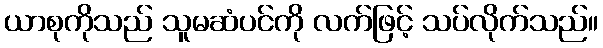
ယာစုကိုသည် သူမဆံပင်ကို လက်ဖြင့် သပ်လိုက်သည်။